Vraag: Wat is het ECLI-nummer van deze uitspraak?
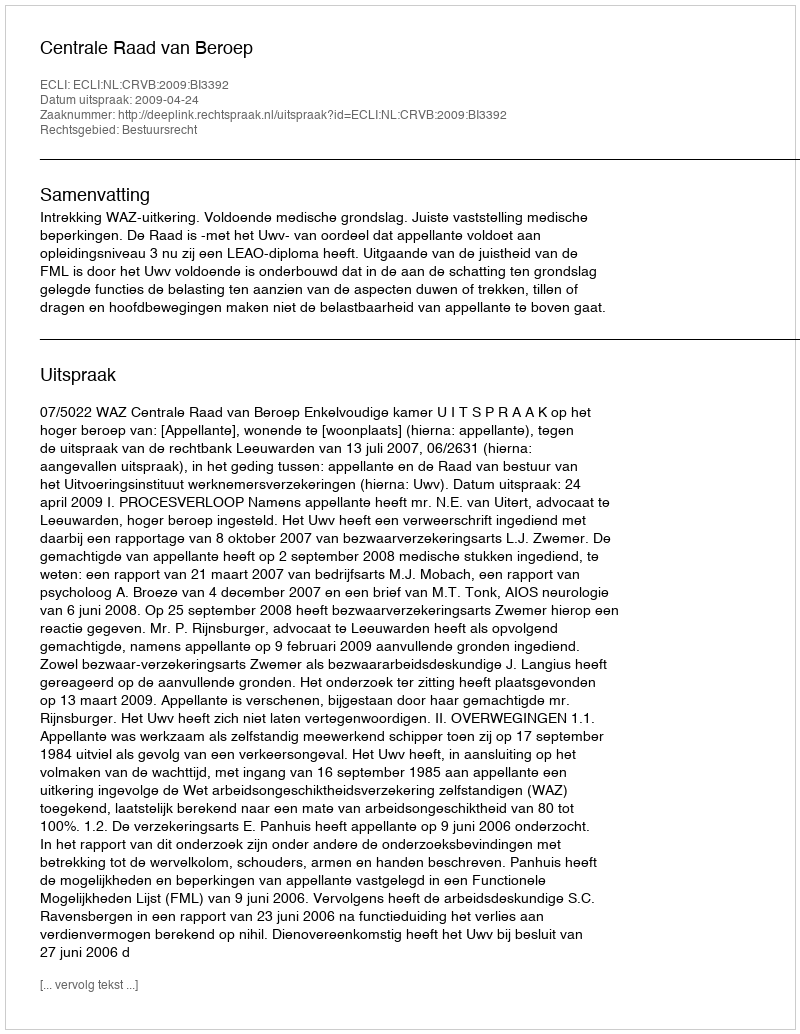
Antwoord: ECLI:NL:CRVB:2009:BI3392